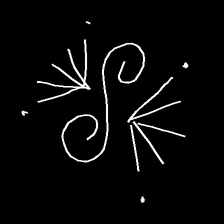
Glyph: aeroform